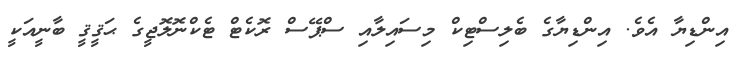
އިންޑިޔާ އެވެ. އިންޑިޔާގެ ބެލިސްޓިކް މިސައިލާއި ސްޕޭސް ރޮކެޓް ޓެކްނޮލޮޖީގެ ޙަޤީޤީ ބާނީއަކީ